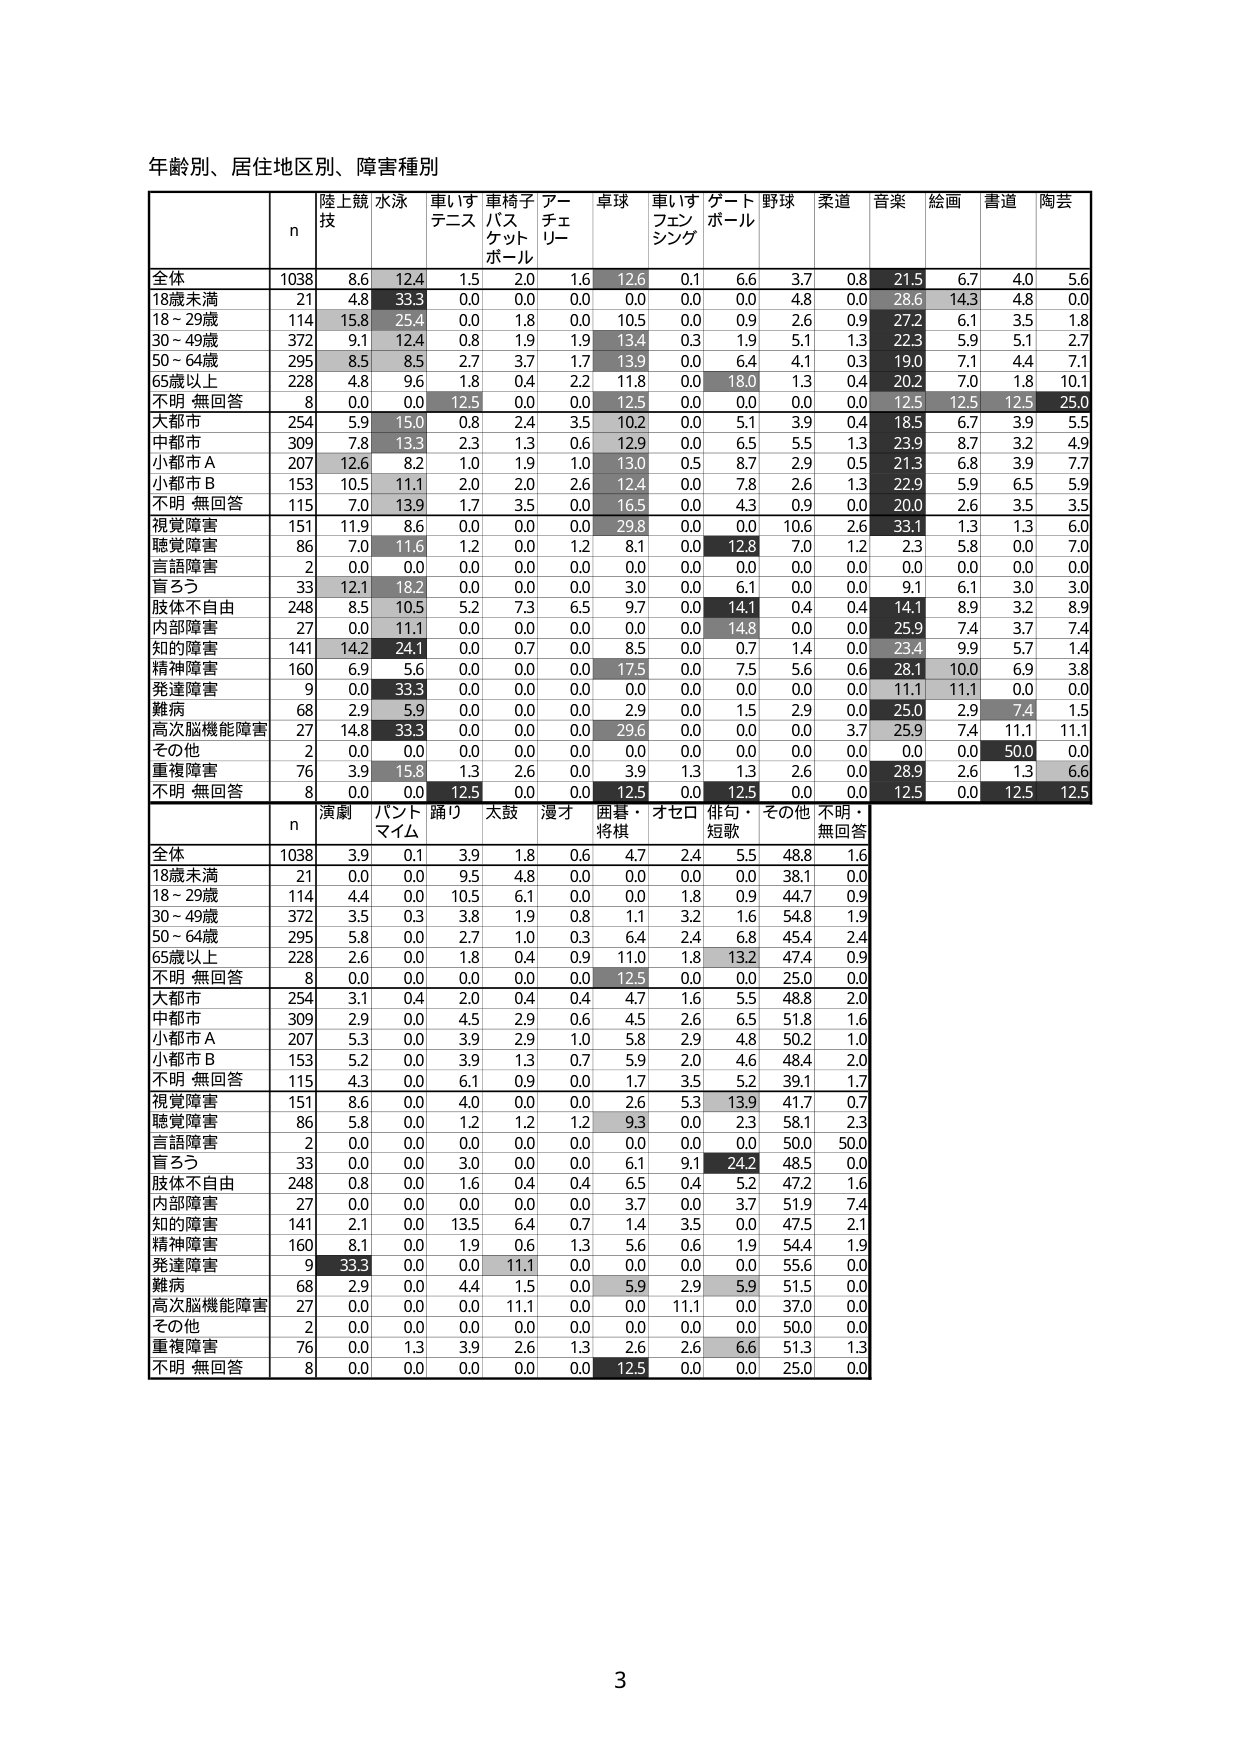
年齢別、居住地区別、障害種別

n 陸上競技 水泳 車いすテニス 車椅子バスケットボール アーチェリー 卓球 車いすフェンシング ゲートボール 野球 柔道 音楽 絵画 書道 陶芸
全体 1038 8.6 12.4 1.5 2.0 1.6 12.6 0.1 6.6 3.7 0.8 21.5 6.7 4.0 5.6
18歳未満 21 4.8 33.3 0.0 0.0 0.0 0.0 0.0 0.0 4.8 0.0 28.6 14.3 4.8 0.0
18～29歳 114 15.8 25.4 0.0 1.8 0.0 10.5 0.0 0.9 2.6 0.9 27.2 6.1 3.5 1.8
30～49歳 372 9.1 12.4 0.8 1.9 1.9 13.4 0.3 1.9 5.1 1.3 22.3 5.9 5.1 2.7
50～64歳 295 8.5 8.5 2.7 3.7 1.7 13.9 0.0 6.4 4.1 0.3 19.0 7.1 4.4 7.1
65歳以上 228 4.8 9.6 1.8 0.4 2.2 11.8 0.0 18.0 1.3 0.4 20.2 7.0 1.8 10.1
不明 無回答 8 0.0 0.0 12.5 0.0 0.0 12.5 0.0 0.0 0.0 0.0 12.5 12.5 12.5 25.0
大都市 254 5.9 15.0 0.8 2.4 3.5 10.2 0.0 5.1 3.9 0.4 18.5 6.7 3.9 5.5
中都市 309 7.8 13.3 2.3 1.3 0.6 12.9 0.0 6.5 5.5 1.3 23.9 8.7 3.2 4.9
小都市 A 207 12.6 8.2 1.0 1.9 1.0 13.0 0.5 8.7 2.9 0.5 21.3 6.8 3.9 7.7
小都市 B 153 10.5 11.1 2.0 2.0 2.6 12.4 0.0 7.8 2.6 1.3 22.9 5.9 6.5 5.9
不明 無回答 115 7.0 13.9 1.7 3.5 0.0 16.5 0.0 4.3 0.9 0.0 20.0 2.6 3.5 3.5
視覚障害 151 11.9 8.6 0.0 0.0 0.0 29.8 0.0 0.0 10.6 2.6 33.1 1.3 1.3 6.0
聴覚障害 86 7.0 11.6 1.2 0.0 1.2 8.1 0.0 12.8 7.0 1.2 2.3 5.8 0.0 7.0
言語障害 2 0.0 0.0 0.0 0.0 0.0 0.0 0.0 0.0 0.0 0.0 0.0 0.0 0.0 0.0
盲ろう 33 12.1 18.2 0.0 0.0 0.0 3.0 0.0 6.1 0.0 0.0 9.1 6.1 3.0 3.0
肢体不自由 248 8.5 10.5 5.2 7.3 6.5 9.7 0.0 14.1 0.4 0.4 14.1 8.9 3.2 8.9
内部障害 27 0.0 11.1 0.0 0.0 0.0 0.0 0.0 14.8 0.0 0.0 25.9 7.4 3.7 7.4
知的障害 141 14.2 24.1 0.0 0.7 0.0 8.5 0.0 0.7 1.4 0.0 23.4 9.9 5.7 1.4
精神障害 160 6.9 5.6 0.0 0.0 0.0 17.5 0.0 7.5 5.6 0.6 28.1 10.0 6.9 3.8
発達障害 9 0.0 33.3 0.0 0.0 0.0 0.0 0.0 0.0 0.0 0.0 11.1 11.1 0.0 0.0
難病 68 2.9 5.9 0.0 0.0 0.0 2.9 0.0 1.5 2.9 0.0 25.0 2.9 7.4 1.5
高次脳機能障害 27 14.8 33.3 0.0 0.0 0.0 29.6 0.0 0.0 0.0 3.7 25.9 7.4 11.1 11.1
その他 2 0.0 0.0 0.0 0.0 0.0 0.0 0.0 0.0 0.0 0.0 0.0 0.0 50.0 0.0
重複障害 76 3.9 15.8 1.3 2.6 0.0 3.9 1.3 1.3 2.6 0.0 28.9 2.6 1.3 6.6
不明 無回答 8 0.0 0.0 12.5 0.0 0.0 12.5 0.0 12.5 0.0 0.0 12.5 0.0 12.5 12.5

n 演劇 バントマイム 踊り 太鼓 漫才 囲碁・将棋 オセロ 俳句・短歌 その他 不明・無回答
全体 1038 3.9 0.1 3.9 1.8 0.6 4.7 2.4 5.5 48.8 1.6
18歳未満 21 0.0 0.0 9.5 4.8 0.0 0.0 0.0 0.0 38.1 0.0
18～29歳 114 4.4 0.0 10.5 6.1 0.0 0.0 1.8 0.9 44.7 0.9
30～49歳 372 3.5 0.3 3.8 1.9 0.8 1.1 3.2 1.6 54.8 1.9
50～64歳 295 5.8 0.0 2.7 1.0 0.3 6.4 2.4 6.8 45.4 2.4
65歳以上 228 2.6 0.0 1.8 0.4 0.9 11.0 1.8 13.2 47.4 0.9
不明 無回答 8 0.0 0.0 0.0 0.0 0.0 12.5 0.0 0.0 25.0 0.0
大都市 254 3.1 0.4 2.0 0.4 0.4 4.7 1.6 5.5 48.8 2.0
中都市 309 2.9 0.0 4.5 2.9 0.6 4.5 2.6 6.5 51.8 1.6
小都市 A 207 5.3 0.0 3.9 2.9 1.0 5.8 2.9 4.8 50.2 1.0
小都市 B 153 5.2 0.0 3.9 1.3 0.7 5.9 2.0 4.6 48.4 2.0
不明 無回答 115 4.3 0.0 6.1 0.9 0.0 1.7 3.5 5.2 39.1 1.7
視覚障害 151 8.6 0.0 4.0 0.0 0.0 2.6 5.3 13.9 41.7 0.7
聴覚障害 86 5.8 0.0 1.2 1.2 1.2 9.3 0.0 2.3 58.1 2.3
言語障害 2 0.0 0.0 0.0 0.0 0.0 0.0 0.0 0.0 50.0 50.0
盲ろう 33 0.0 0.0 3.0 0.0 0.0 6.1 9.1 24.2 48.5 0.0
肢体不自由 248 0.8 0.0 1.6 0.4 0.4 6.5 0.4 5.2 47.2 1.6
内部障害 27 0.0 0.0 0.0 0.0 0.0 3.7 0.0 3.7 51.9 7.4
知的障害 141 2.1 0.0 13.5 6.4 0.7 1.4 3.5 0.0 47.5 2.1
精神障害 160 8.1 0.0 1.9 0.6 1.3 5.6 0.6 1.9 54.4 1.9
発達障害 9 33.3 0.0 0.0 11.1 0.0 0.0 0.0 0.0 55.6 0.0
難病 68 2.9 0.0 4.4 1.5 0.0 5.9 2.9 5.9 51.5 0.0
高次脳機能障害 27 0.0 0.0 0.0 11.1 0.0 0.0 11.1 0.0 37.0 0.0
その他 2 0.0 0.0 0.0 0.0 0.0 0.0 0.0 0.0 50.0 0.0
重複障害 76 0.0 1.3 3.9 2.6 1.3 2.6 2.6 6.6 51.3 1.3
不明 無回答 8 0.0 0.0 0.0 0.0 0.0 12.5 0.0 0.0 25.0 0.0

3